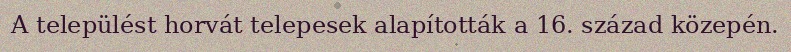
A települést horvát telepesek alapították a 16. század közepén.